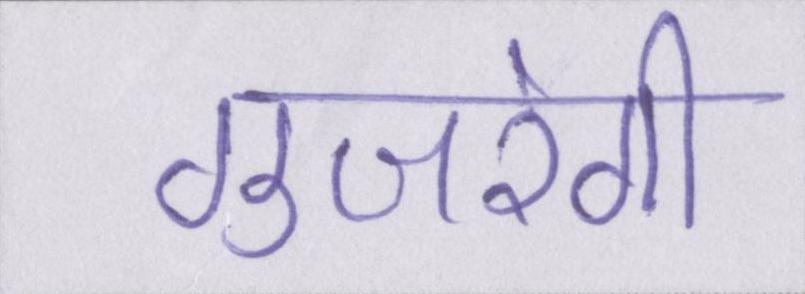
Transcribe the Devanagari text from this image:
गुजरेगी